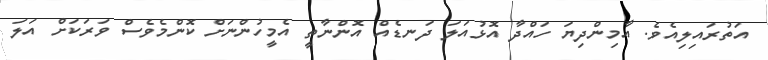
އަތުރައިލިއެވެ. އާމިންދިޔަ ހައްދާ އޮޅުއަލަ ދަނޑެއް އޮންނާތީ އެމީހުންނަށް ކޮންމެވެސް ވަރަކަށް އަލަ